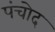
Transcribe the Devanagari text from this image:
पंचोद